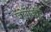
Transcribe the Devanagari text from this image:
जोगेजीई